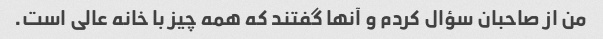
من از صاحبان سؤال کردم و آنها گفتند که همه چیز با خانه عالی است.